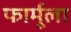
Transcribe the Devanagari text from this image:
फार्मूला़